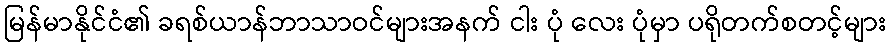
မြန်မာနိုင်ငံ၏ ခရစ်ယာန်ဘာသာဝင်များအနက် ငါး ပုံ လေး ပုံမှာ ပရိုတက်စတင့်များ